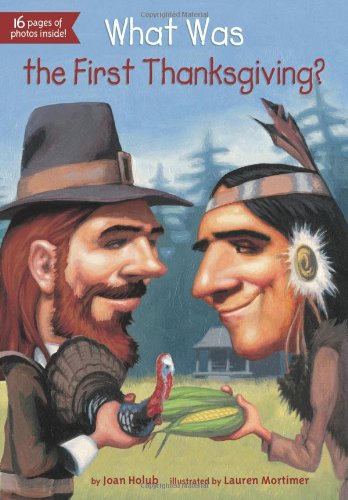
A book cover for What Was the First Thanksgiving?; Joan Holub; Children's Books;